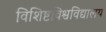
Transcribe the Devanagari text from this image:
विशिष्टविश्वविद्यालय